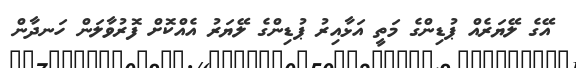
އޭގެ ލޭޔަރެއް ޕުޑިންގެ މަތީ އަޅާއިރު ޕުޑިންގެ ލޭޔަރު އެއްކޮށް ފޮރުވާލަން ހަނދާން